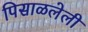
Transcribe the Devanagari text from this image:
पिसाळलेली